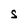
Character: S